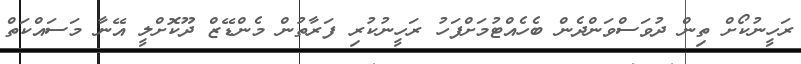
ރަހީނުކޯށް ތިން ދުވަސްވަންދެން ބެހެއްޓުމަށްފަހު ރަހީނުކުރި ފަރާތުން މެންޑޭޒް ދޫކޮށްލީ އޭނާ މަސައްކަތް